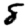
Digit: 8